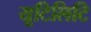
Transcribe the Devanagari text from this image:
यूटिलिटि